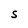
Character: S